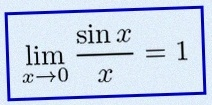
\lim_{x\to0}\frac{\sin x}{x}=1